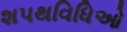
શપથવિધિઓ